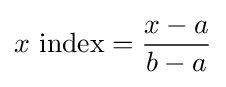
x{\text{ index}}={\frac {x-a}{b-a}}